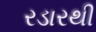
રડારથી